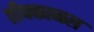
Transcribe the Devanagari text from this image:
तीक्कानल